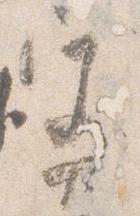
宮